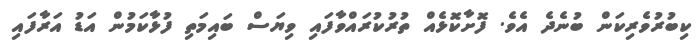
ކިބުރުވެރިކަން ބުނެދެ އެވެ. ފޮށާކޮޅެއް ތުރުކުރައްވާފައި ވިޔަސް ބައިމަތި ފުޅާކަމުން އަޑު އަރާފައި